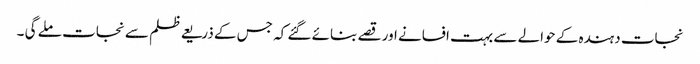
نجات دہندہ کے حوالے سے بہت افسانے اور قصے بنائے گئے کہ جس کے ذریعے ظلم سے نجات ملے گی ۔